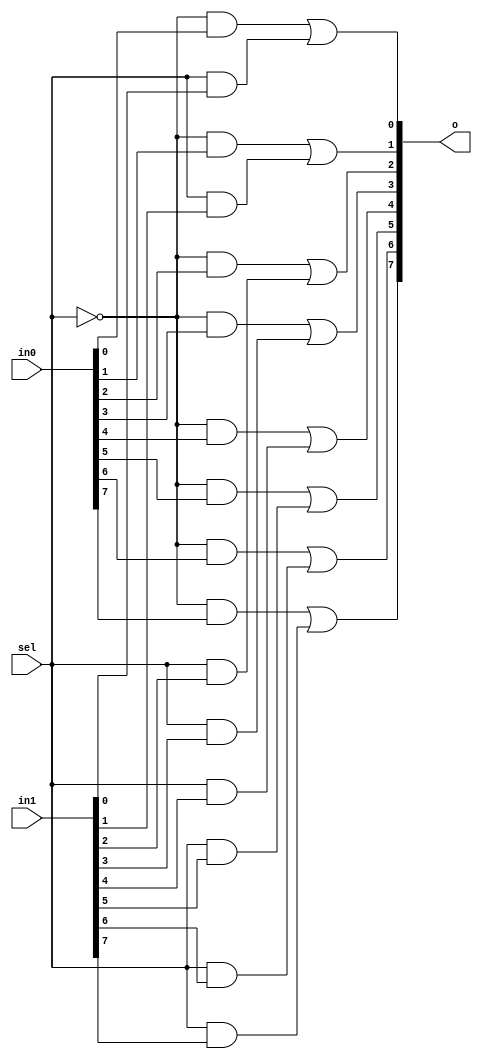
`timescale 1ns / 1ps
//////////////////////////////////////////////////////////////////////////////////
// Company: 
// Engineer: 
// 
// Design Name: 
// Module Name: m2_1
// Project Name: 
// Target Devices: 
// Tool Versions: 
// Description: 
// 
// Dependencies: 
// 
// Revision:
// Revision 0.01 - File Created
// Additional Comments:
// 
//////////////////////////////////////////////////////////////////////////////////


module m2_1(
input [7:0] in0,
input [7:0] in1,
input sel,
output [7:0] o
    );
    
    assign o[0] = (~sel & in0[0]) | (sel & in1[0]);
    assign o[1] = (~sel & in0[1]) | (sel & in1[1]);
    assign o[2] = (~sel & in0[2]) | (sel & in1[2]);
    assign o[3] = (~sel & in0[3]) | (sel & in1[3]);
    assign o[4] = (~sel & in0[4]) | (sel & in1[4]);
    assign o[5] = (~sel & in0[5]) | (sel & in1[5]);
    assign o[6] = (~sel & in0[6]) | (sel & in1[6]);
    assign o[7] = (~sel & in0[7]) | (sel & in1[7]);
    
endmodule